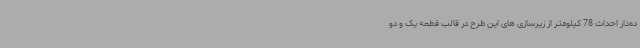
ده‌دار احداث 78 کیلومتر از زیرسازی های این طرح در قالب قطعه یک و دو